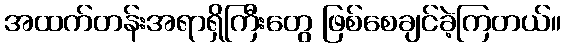
အထက်တန်းအရာရှိကြီးတွေ ဖြစ်စေချင်ခဲ့ကြတယ်။